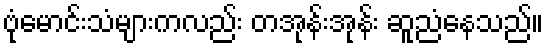
ဗုံမောင်းသံများကလည်း တအုန်းအုန်း ဆူညံနေသည်။